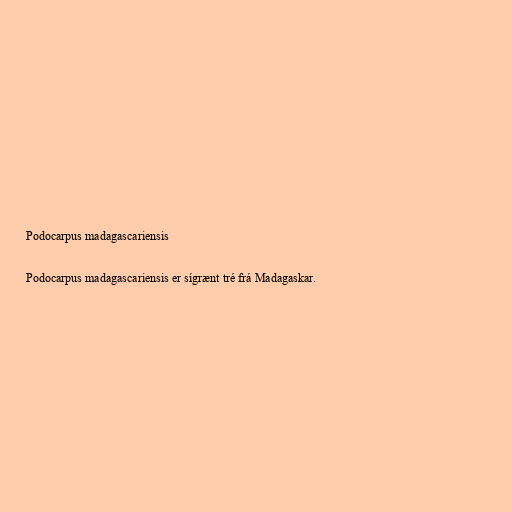
Podocarpus madagascariensis

Podocarpus madagascariensis er sígrænt tré frá Madagaskar.